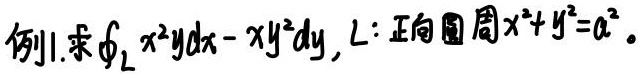
例1. 求$\oint_{L} x^{2}y dx - xy^{2}dy$, $L:$ 正向圆周$x^{2}+y^{2}=a^{2}$。